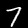
Label: 7